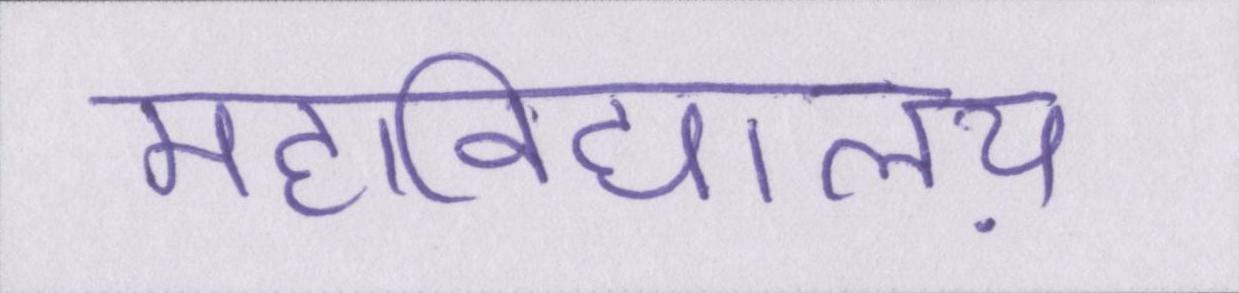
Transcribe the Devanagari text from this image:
महाविद्यालय़